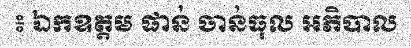
៖ ឯកឧត្តម ផាន់ ចាន់ធុល អភិបាល